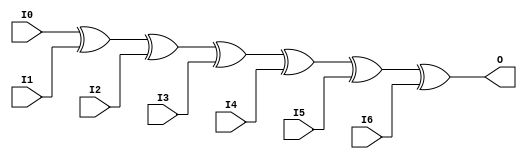
//    Xilinx Proprietary Primitive Cell X_XOR7 for Verilog
//
// $Header: /devl/xcs/repo/env/Databases/CAEInterfaces/verplex_libs/data/simprims/X_XOR7.v,v 1.3.198.3 2004/09/28 20:47:46 wloo Exp $
//

`celldefine
`timescale 1 ps/1 ps

module X_XOR7 (O, I0, I1, I2, I3, I4, I5, I6);

  output O;
  input I0, I1, I2, I3, I4, I5, I6;

  xor (O, I0, I1, I2, I3, I4, I5, I6);

endmodule